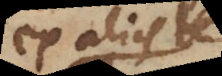
ex aliis